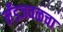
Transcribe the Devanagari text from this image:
लँडजवळचा